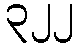
၃၂၂